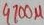
Text: 4700µ